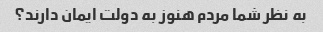
به نظر شما مردم هنوز به دولت ایمان دارند؟